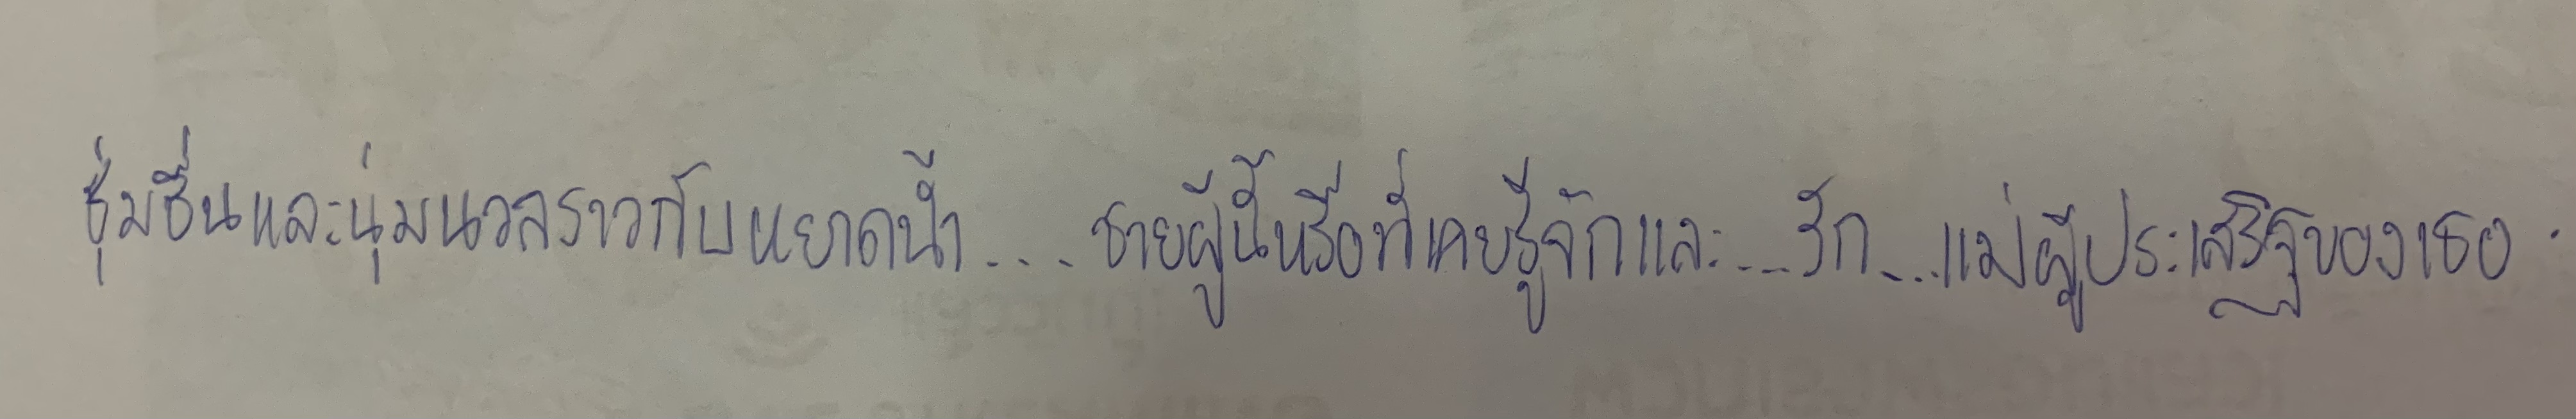
ชุ่มชื่นและนุ่มนวลราวกับหยาดน้ำ...ชายผู้นี้หรือที่เคยรู้จักและ...รัก...แม่ผู้ประเสริฐของเธอ